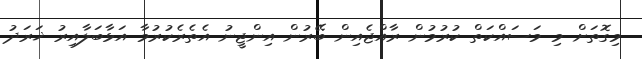
މިގޮތަށް މި މަސައްކަތް ކުރުމުން ރާއްޖެއިން ބޭރުން އިންޖީނު އެތެރެކުރުމާ އަޅާބަލާއިރު ޚަރަދު